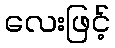
လေးဖြင့်